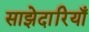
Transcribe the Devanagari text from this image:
साझेदारियाँ